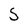
Character: 5